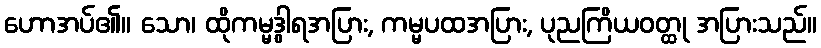
ဟောအပ်၏။ သော၊ ထိုကမ္မဒွါရအပြား, ကမ္မပထအပြား, ပုညကြိယဝတ္ထု အပြားသည်။